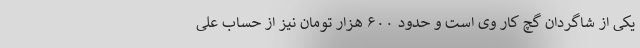
یکی از شاگردان گچ کار وی است و حدود ۶۰۰ هزار تومان نیز از حساب علی